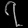
Digit: ၇